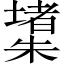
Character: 𱤧